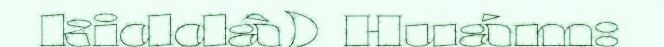
kiddâ) Huám: